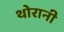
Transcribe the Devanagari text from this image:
थोरानी